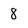
Character: 8